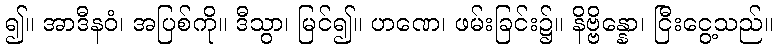
၍။ အာဒီနဝံ၊ အပြစ်ကို။ ဒီသွာ၊ မြင်၍။ ဟဏေ၊ ဖမ်းခြင်း၌။ နိဗ္ဗိန္နော၊ ငြီးငွေ့သည်။